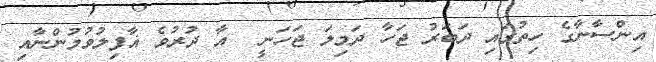
އިންސާނާގެ ހިތުގައި ދަބަރު ޖަހާ ދަމިލަ ޖަހަނީ  އާ ދުރުވެ ޣާފިލުވުމުންނާއި